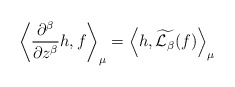
\begin{align*}\left< \frac{\partial^{\beta}}{\partial z^{\beta}}h, f\right>_{\mu}=\left< h, \widetilde{\mathcal{L}_{\beta}}(f)\right>_{\mu}\end{align*}